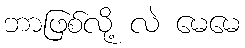
ဘာဖြစ်လို့ လဲ မေမေ